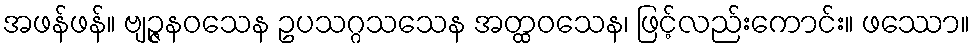
အဖန်ဖန်။ ဗျဉ္ဇနဝသေန ဥပသဂ္ဂသသေန အတ္ထဝသေန၊ ဖြင့်လည်းကောင်း။ ဖဿော။